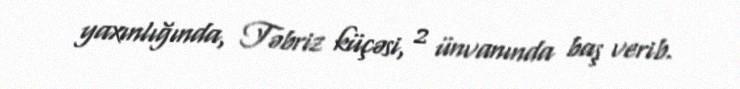
yaxınlığında, Təbriz küçəsi, 2 ünvanında baş verib.